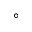
^ { \circ }